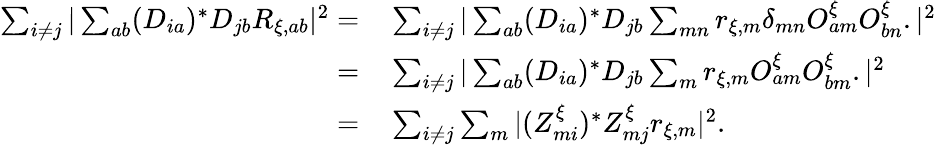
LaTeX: \begin{array}{rl}{\sum_{i\neq j}|\sum_{ab}(D_{ia})^{*}D_{jb}R_{\xi,ab}|^{2}=\, }&{\sum_{i\neq j}|\sum_{ab}(D_{ia})^{*}D_{jb}\sum_{mn}r_{\xi,m}\delta_{mn}O_{am}^{\xi}O_{bn}^{\xi}.|^{2}}\\ {=\, }&{\sum_{i\neq j}|\sum_{ab}(D_{ia})^{*}D_{jb}\sum_{m}r_{\xi,m}O_{am}^{\xi}O_{bm}^{\xi}.|^{2}}\\ {=\, }&{\sum_{i\neq j}\sum_{m}|(Z_{mi}^{\xi})^{*}Z_{mj}^{\xi}r_{\xi,m}|^{2}.}\end{array}